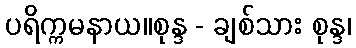
ပရိက္ကမနာယ။စုန္ဒ - ချစ်သား စုန္ဒ၊